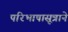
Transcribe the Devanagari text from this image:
परिभाषासूत्राने